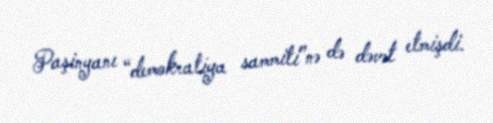
Paşinyanı “demokratiya sammiti”nə də dəvət etmişdi.